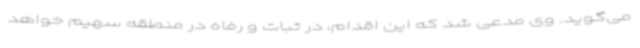
می‌گوید. وی مدعی شد که این اقدام، در ثبات و رفاه در منطقه سهیم خواهد